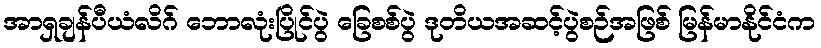
အာရှချန်ပီယံလိဂ် ဘောလုံးပြိုင်ပွဲ ခြေစစ်ပွဲ ဒုတိယအဆင့်ပွဲစဉ်အဖြစ် မြန်မာနိုင်ငံက